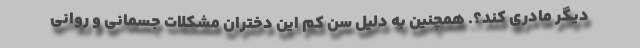
دیگر مادری کند؟. همچنین به دلیل سن کم این دختران مشکلات جسمانی و روانی